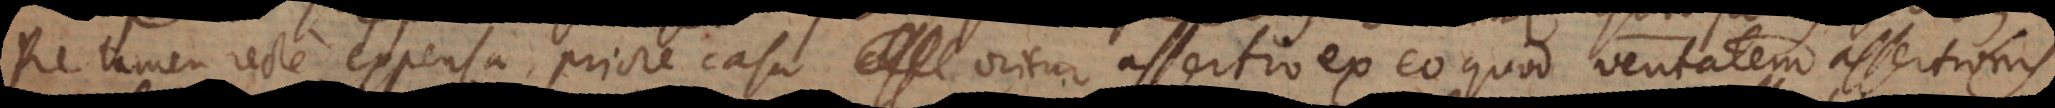
Re tamen recte expensa, priore casu oritur assertio ex eo quod veritatem assertionis